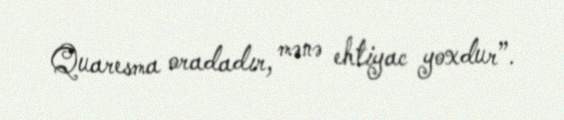
Quaresma oradadır, mənə ehtiyac yoxdur”.